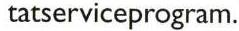
tatserviceprogram.